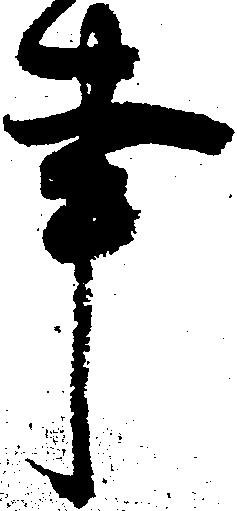
事